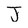
Character: J